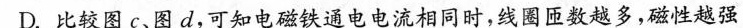
D.比较图c、图d，可知电磁铁通电电流相同时，线圈匝数越多，磁性越强